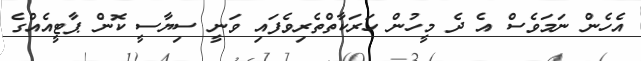
އެހެން ނަމަވެސް އެ ދެ މީހުން ހަރަކާތްތެރިވެފައި ވަނީ ސިޔާސީ ކޮން ޕާޓީއެއްގެ